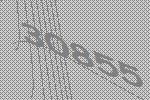
30855